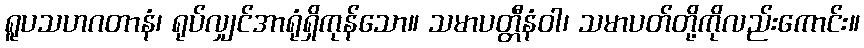
ရူပသဟဂတာနံ၊ ရုပ်လျှင်အာရုံရှိကုန်သော။ သမာပတ္တီနံဝါ၊ သမာပတ်တို့ကိုလည်းကောင်း။